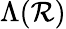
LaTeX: \Lambda(\mathcal{R})